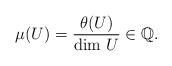
LaTeX: \begin{align*}\mu(U)= \frac{\theta( U)}{\dim \, U} \in \mathbb{Q}.\end{align*}